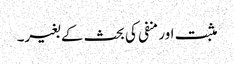
مثبت اور منفی کی بحث کے بغیر۔